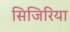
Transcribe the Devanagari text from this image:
सिजिरिया